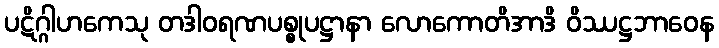
ပဋိဂ္ဂါဟကေသု တဒါဝရဏပစ္စုပဋ္ဌာနာ လောကောတိအာဒိ ဝိဿဋ္ဌဘာဝေန